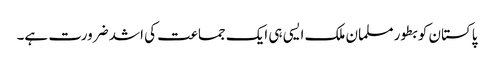
پاکستان کو بطور مسلمان ملک ایسی ہی ایک جماعت کی اشد ضرورت ہے۔